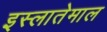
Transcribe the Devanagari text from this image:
इस्लातेमाल